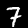
Digit: 7